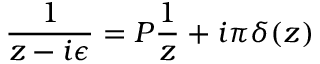
\frac { 1 } { z - i \epsilon } = P \frac { 1 } { z } + i \pi \delta ( z )